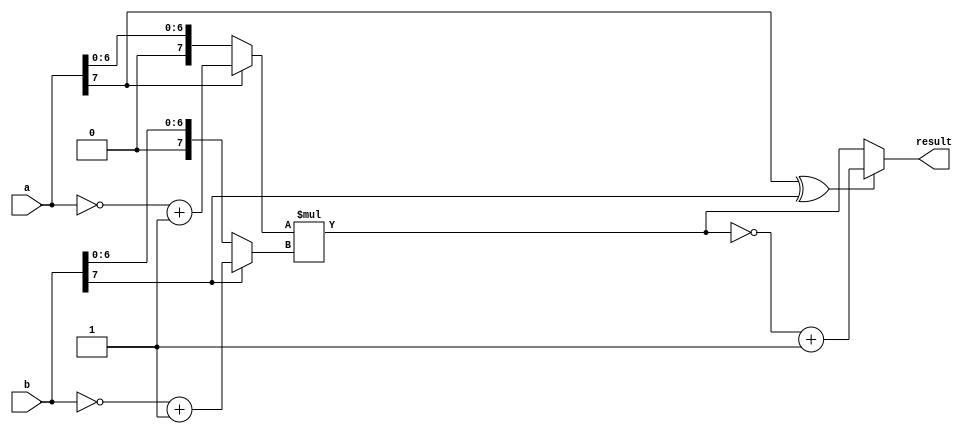
module Signed_Multiplier(
    input [7:0] a,
    input [7:0] b,
    output reg [15:0] result
);

reg [7:0] a_abs, b_abs;
reg [15:0] product;

always @(*) begin
    if (a[7] == 0) 
        a_abs = a;
    else 
        a_abs = (~a) + 1;
    
    if (b[7] == 0) 
        b_abs = b;
    else 
        b_abs = (~b) + 1;
end

always @(*) begin
    product = a_abs * b_abs;
    
    if ((a[7] ^ b[7]) == 1) 
        result = ~product + 1;
    else 
        result = product;
end

endmodule